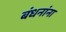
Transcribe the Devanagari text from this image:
बंधनांना